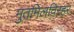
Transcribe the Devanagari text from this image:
मुतमिलविरहर